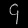
Digit: ၄